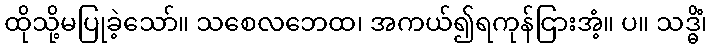
ထိုသို့မပြုခဲ့သော်။ သစေလဘေထ၊ အကယ်၍ရကုန်ငြားအံ့။ ပ။ သဒ္ဓိံ၊